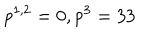
p ^ { 1 , 2 } = 0 , p ^ { 3 } = 3 3